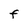
Character: F